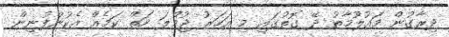
ދިރާގުން މައުލޫމާތު ދޭ ގޮތުގައި މި އަހަރު ޖުމްލަ ހަތް ކަމެއް އެކުންފުނިން